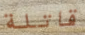
قاتلة